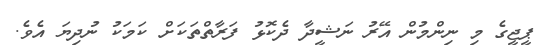
ޕީޖީގެ މި ނިންމުން އޭރު ނަޝީދާ ދެކޮޅު ފަރާތްތަކަށް ކަމަކު ނުދިޔަ އެވެ.